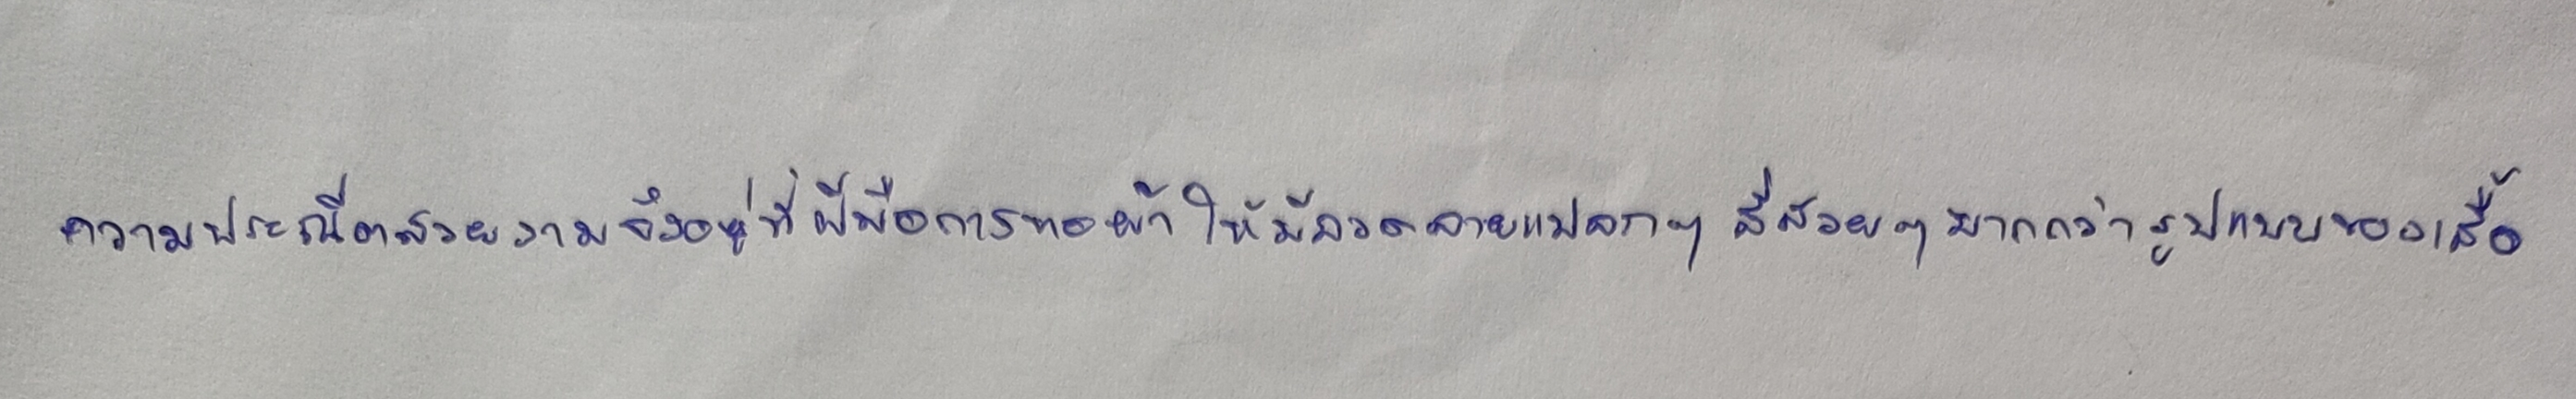
ความประณีตสวยงามจึงอยู่ที่ฝีมือการทอผ้าให้มีลวดลายแปลกๆ สีสวยๆ มากกว่ารูปแบบของเสื้อ